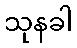
သုနခါ